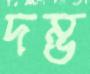
দম্ভ